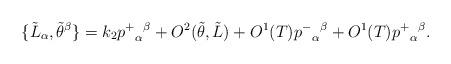
LaTeX: \begin{align*}\{\tilde L_\alpha,\tilde\theta^\beta\}=k_2{p^+}_\alpha{}^\beta+O^2(\tilde\theta,\tilde L)+O^1(T){p^-}_\alpha{}^\beta+O^1(T){p^+}_\alpha{}^\beta.\end{align*}